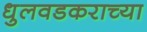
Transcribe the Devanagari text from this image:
धुलवडकराच्या